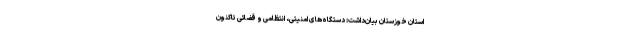
استان خوزستان بیان‌داشت: دستگاه‌های امنیتی، انتظامی و قضائی تاکنون